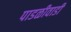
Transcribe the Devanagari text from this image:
पाडळीवाडी